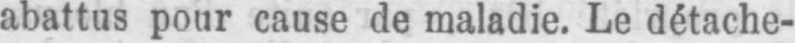
abattus pour cause de maladie. Le détache-